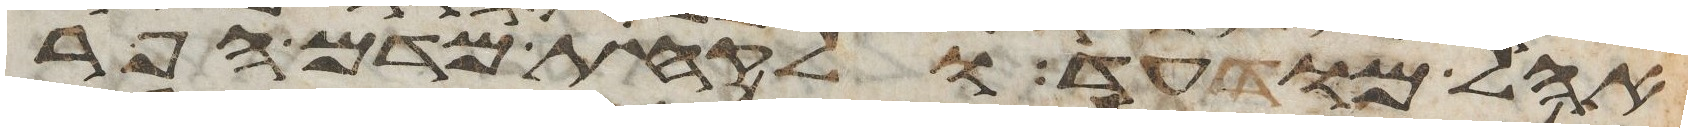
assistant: אהל מועד ולקחת מדם הפר